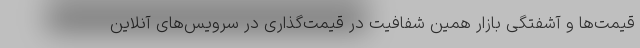
قیمت‌ها و آشفتگی بازار همین شفافیت در قیمت‌گذاری در سرویس‌های آنلاین